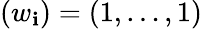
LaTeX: (w_{\mathbf{i}})=(1,\dots,1)